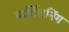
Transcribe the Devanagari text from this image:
पार्टिशनिंग